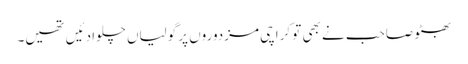
بھٹو صاحب نے بھی تو کراچی مزدوروں پر گولیاں چلوا دئیں تھیں۔